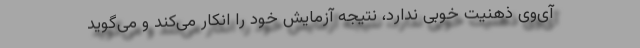
‌آی‌وی ذهنیت خوبی ندارد، نتیجه آزمایش خود را انکار می‌کند و می‌گوید